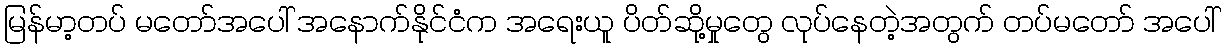
မြန်မာ့တပ် မတော်အပေါ် အနောက်နိုင်ငံက အရေးယူ ပိတ်ဆို့မှုတွေ လုပ်နေတဲ့အတွက် တပ်မတော် အပေါ်